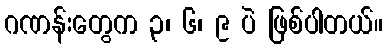
ဂဏန်းတွေက ၃၊ ၆၊ ၉ ပဲ ဖြစ်ပါတယ်။